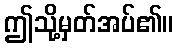
ဤသို့မှတ်အပ်၏။